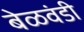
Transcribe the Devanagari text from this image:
बेळवंडी